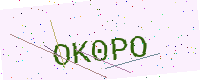
Text: OK0PO